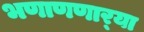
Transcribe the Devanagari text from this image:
भणाणणार्‍या